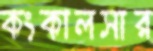
কংকালসার